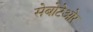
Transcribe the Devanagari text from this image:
सेबोटेओर